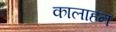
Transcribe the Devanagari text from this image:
कालाहन